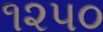
૧૨૫૦